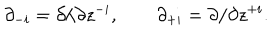
\partial _ { - i } = \partial / \partial z ^ { - i } , \qquad \partial _ { + i } = \partial / \partial z ^ { + i } .